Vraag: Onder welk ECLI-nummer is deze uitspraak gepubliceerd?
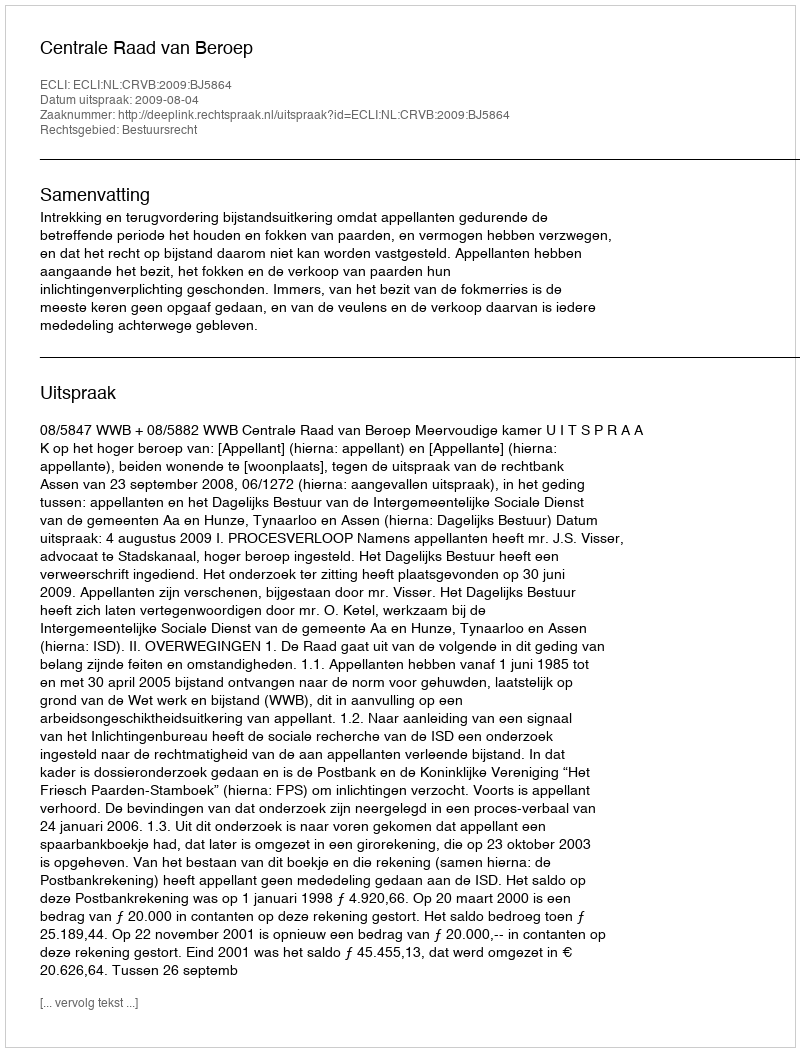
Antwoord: ECLI:NL:CRVB:2009:BJ5864